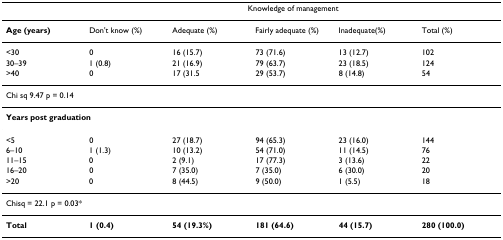
<table><thead><tr><td></td><td colspan="5"><b>Knowledge of management</b></td></tr></thead><tbody><tr><td><b>Age (years)</b></td><td>Don&#x27;t know (%)</td><td>Adequate (%)</td><td>Fairly adequate (%)</td><td>Inadequate(%)</td><td>Total (%)</td></tr><tr><td>&lt;30</td><td>0</td><td>16 (15.7)</td><td>73 (71.6)</td><td>13 (12.7)</td><td>102</td></tr><tr><td>30–39</td><td>1 (0.8)</td><td>21 (16.9)</td><td>79 (63.7)</td><td>23 (18.5)</td><td>124</td></tr><tr><td>&gt;40</td><td>0</td><td>17 (31.5</td><td>29 (53.7)</td><td>8 (14.8)</td><td>54</td></tr><tr><td colspan="6">Chi sq 9.47 p = 0.14</td></tr><tr><td colspan="6"><b>Years post graduation</b></td></tr><tr><td>&lt;5</td><td>0</td><td>27 (18.7)</td><td>94 (65.3)</td><td>23 (16.0)</td><td>144</td></tr><tr><td>6–10</td><td>1 (1.3)</td><td>10 (13.2)</td><td>54 (71.0)</td><td>11 (14.5)</td><td>76</td></tr><tr><td>11–15</td><td>0</td><td>2 (9.1)</td><td>17 (77.3)</td><td>3 (13.6)</td><td>22</td></tr><tr><td>16–20</td><td>0</td><td>7 (35.0)</td><td>7 (35.0)</td><td>6 (30.0)</td><td>20</td></tr><tr><td>&gt;20</td><td>0</td><td>8 (44.5)</td><td>9 (50.0)</td><td>1 (5.5)</td><td>18</td></tr><tr><td colspan="6">Chisq = 22.1 p = 0.03*</td></tr><tr><td><b>Total</b></td><td><b>1 (0.4)</b></td><td><b>54 (19.3%)</b></td><td><b>181 (64.6)</b></td><td><b>44 (15.7)</b></td><td><b>280 (100.0)</b></td></tr></tbody></table>